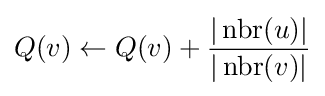
Q(v)\leftarrow Q(v)+{\frac {|\operatorname {nbr} (u)|}{|\operatorname {nbr} (v)|}}